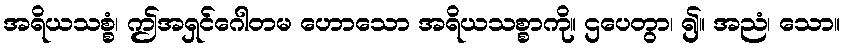
အရိယသစ္စံ၊ ဤအရှင်ဂေါတမ ဟောသော အရိယသစ္စာကို။ ဌပေတွာ၊ ၍။ အညံ၊ သော။